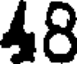
48